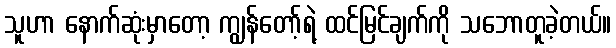
သူဟာ နောက်ဆုံးမှာတော့ ကျွန်တော့်ရဲ့ ထင်မြင်ချက်ကို သဘောတူခဲ့တယ်။